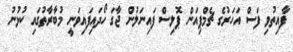
ފާއިތުވި ފަސް އަހަރުގެ ޗެމްޕިއަން ޕޮލިސް ފައިނަލުން ޖާގަ ހޯދައިފައިވަނީ މުބާރާތުގައި ކުޅުނު